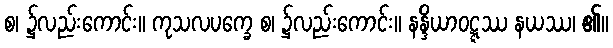
စ၊ ၌လည်းကောင်း။ ကုသလပက္ခေ စ၊ ၌လည်းကောင်း။ နန္ဒိယာဝဋ္ဋဿ နယဿ၊ ၏။